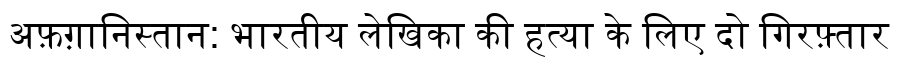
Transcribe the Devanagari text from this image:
अफ़ग़ानिस्तान: भारतीय लेखिका की हत्या के लिए दो गिरफ़्तार